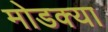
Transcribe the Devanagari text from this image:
मोडक्या